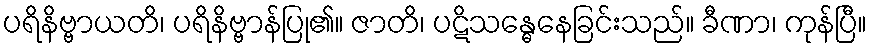
ပရိနိဗ္ဗာယတိ၊ ပရိနိဗ္ဗာန်ပြု၏။ ဇာတိ၊ ပဋိသန္ဓေနေခြင်းသည်။ ခီဏာ၊ ကုန်ပြီ။